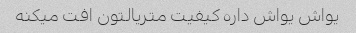
یواش یواش داره کیفیت متریالتون افت میکنه